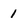
Character: 1